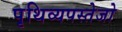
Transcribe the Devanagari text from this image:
पृथिव्यपस्तेजो